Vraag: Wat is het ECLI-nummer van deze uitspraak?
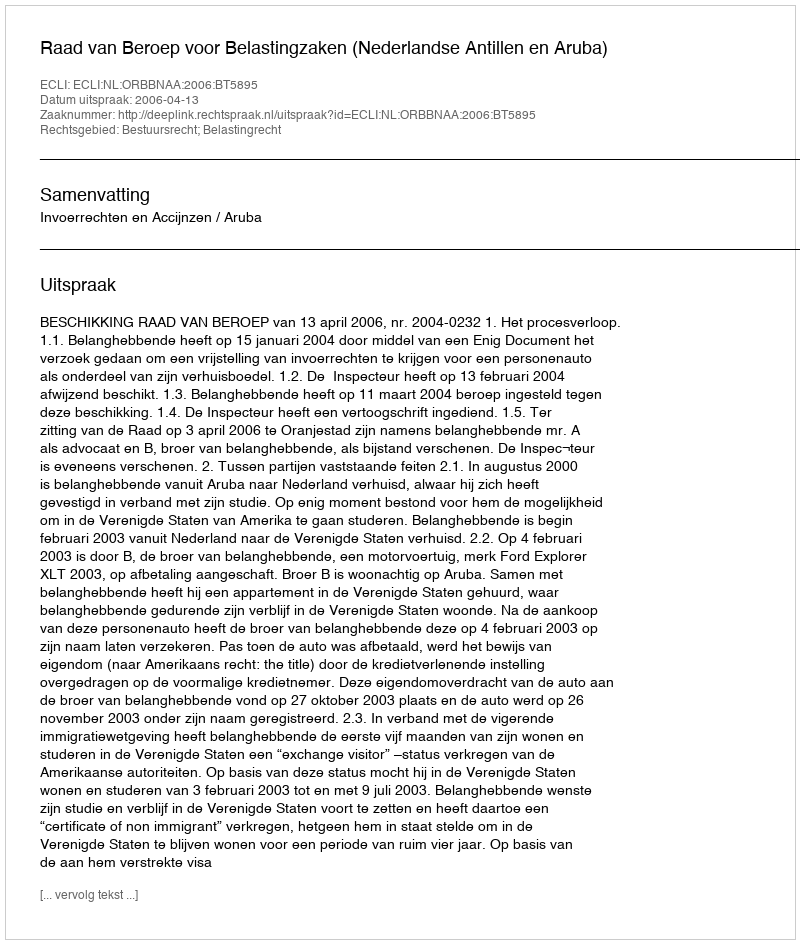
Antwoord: ECLI:NL:ORBBNAA:2006:BT5895